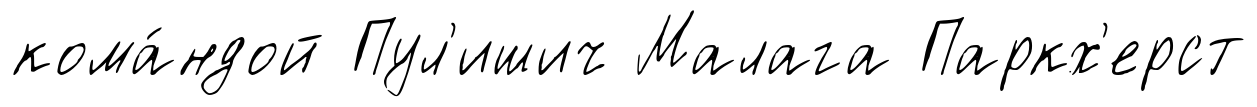
кома́ндой Пул'ишич Малага Паркх'ерст